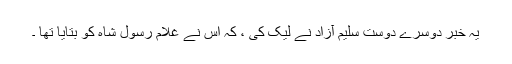
یہ خبر دوسرے دوست سلیم آزاد نے لیک کی ، کہ اُس نے غلام رسول شاہ کو بتایا تھا ۔